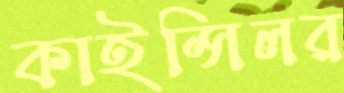
কাইন্সিলর